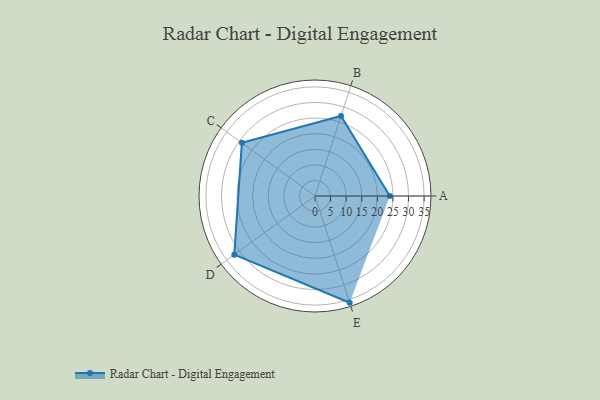
{"axis": {"x": "Skill", "y": "Score"}, "legend": ["Profile"], "data": [{"x": "A", "y": 24.0, "type": "Profile"}, {"x": "B", "y": 27.0, "type": "Profile"}, {"x": "C", "y": 29.0, "type": "Profile"}, {"x": "D", "y": 32.0, "type": "Profile"}, {"x": "E", "y": 36.0, "type": "Profile"}]}